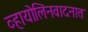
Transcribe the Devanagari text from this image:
व्हायोलिनवादनात